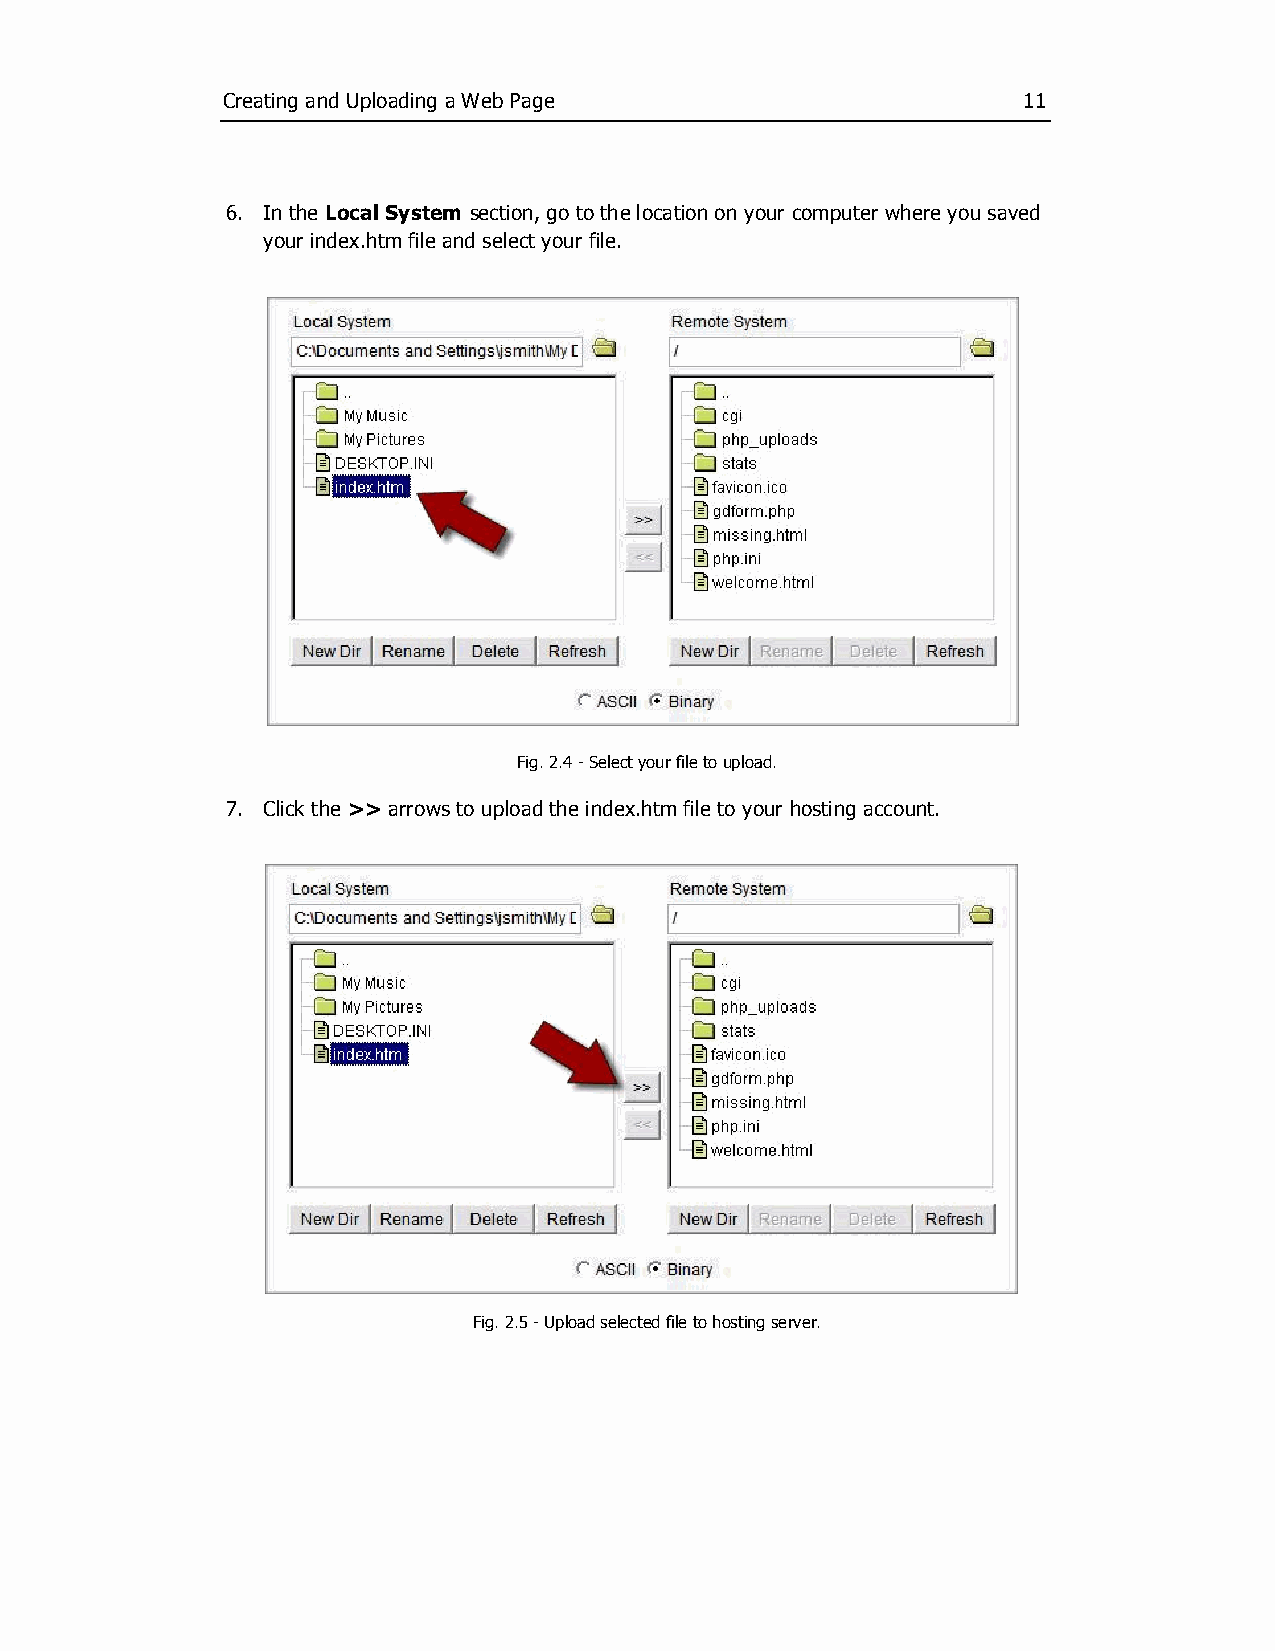
Creating and Uploading a Web Page                    11
 6. In the Local System section, go to the location on your computer where you saved
 your index.htm file and select your file.
 Fig. 2.4 ­ Select your file to upload.
 7. Click the >> arrows to upload the index.htm file to your hosting account.
 Fig. 2.5 ­ Upload selected file to hosting server.